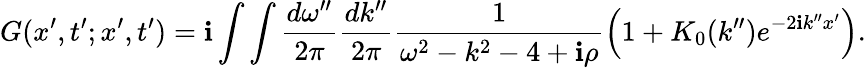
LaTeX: G(x^{\prime},t^{\prime};x^{\prime},t^{\prime})=\mathbf{i}\int\int\frac{{d\omega^{\prime\prime}}}{{2\pi}}\frac{{dk^{\prime\prime}}}{{2\pi}}\frac{{1}}{{\omega^{2}-k^{2}-4+\mathbf{i}\rho}}\left(1+K_{0}(k^{\prime\prime})e^{-2\mathbf{i}k^{\prime\prime}x^{\prime}}\right).